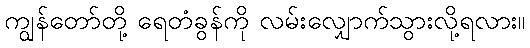
ကျွန်တော်တို့ ရေတံခွန်ကို လမ်းလျှောက်သွားလို့ရလား။